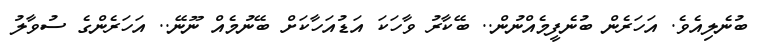
ބުނެލިއެވެ. އަހަރެން ބުނެފީމެއްނުން.. ބޭކާރު ވާހަކަ އަޑުއަހާކަށް ބޭނުމެއް ނޫނޭ.. އަހަރެންގެ ސުވާލު